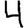
Digit: 4